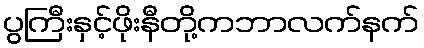
ပွကြီးနှင့်ဖိုးနီတို့ကဘာလက်နက်